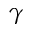
\gamma